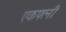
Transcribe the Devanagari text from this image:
एकपत्नी